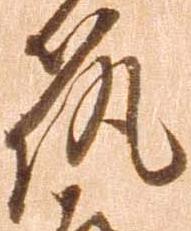
筑